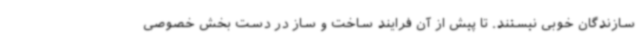
سازندگان خوبی نیستند. تا پیش از آن فرایند ساخت و ساز در دست بخش خصوصی